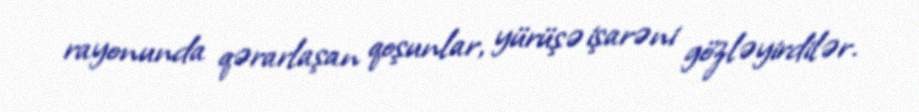
rayonunda qərarlaşan qoşunlar, yürüşə işarəni gözləyirdilər.